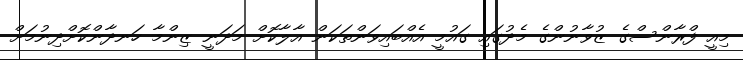
މިއީ ފްރާންސްގެ ޒުވާނުންގެ މެދުގައި ގައުމީ އެއްބައިވަންތަކަން އާލާކޮށް މަދަނީ ޒިންމާ ހަނދާންކޮށްދިނުމަށް